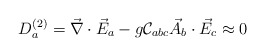
\begin{align*}D_{a}^{(2)} = \vec{\nabla} \cdot \vec{E}_{a} - g {\cal C}_{abc} \vec{A}_{b} \cdot \vec{E}_{c} \approx 0\end{align*}